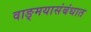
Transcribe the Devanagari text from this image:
वाङ्‌मयासंबंधात